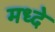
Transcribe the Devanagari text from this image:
मध्दे